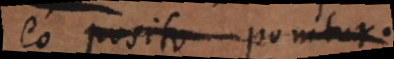
eo posito ponitur.